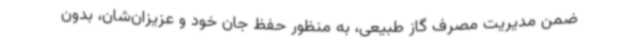
ضمن مدیریت مصرف گاز طبیعی، به منظور حفظ جان خود و عزیزان‌شان، بدون